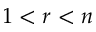
1 < r < n